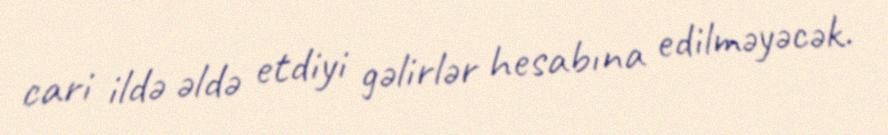
cari ildə əldə etdiyi gəlirlər hesabına edilməyəcək.